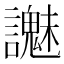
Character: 𧭵